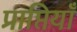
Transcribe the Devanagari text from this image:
प्राप्तियाँ